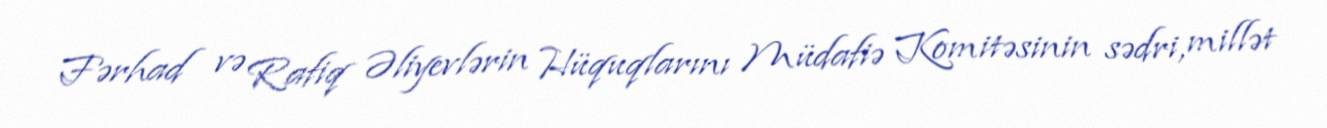
Fərhad və Rafiq Əliyevlərin Hüquqlarını Müdafiə Komitəsinin sədri, millət